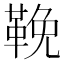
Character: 鞔